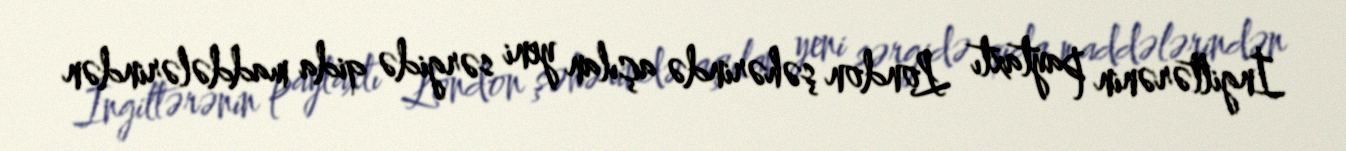
İngiltərənin paytaxtı London şəhərində açılan yeni sərgidə qida maddələrindən